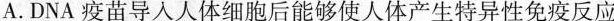
A. DNA疫苗导人人体细胞后能够使人体产生特异性免疫反应